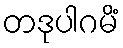
တဒုပါဂမိံ